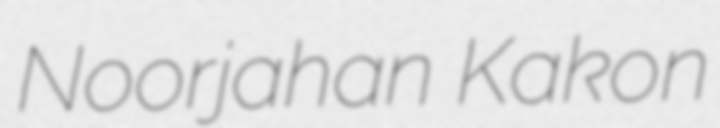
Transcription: Noorjahan Kakon